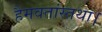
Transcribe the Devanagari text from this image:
हैमवतांस्तथा।